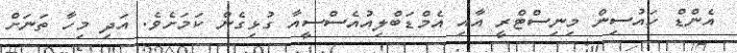
އެންޑް ހައުސިން މިނިސްޓްރީ އާއި އެމްޑަބްލިއުއެސްސީއާ ގުޅިގެން ކަމަށެވެ. އަދި މިހާ ތަނަށް